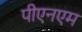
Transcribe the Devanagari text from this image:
पीएनएम